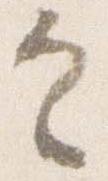
具